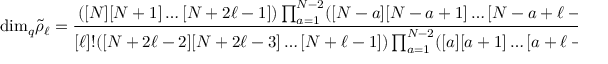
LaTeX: \mathrm { d i m } _ { q } { \tilde { \rho } } _ { \ell } = { \frac { ( [ N ] [ N + 1 ] \ldots [ N + 2 \ell - 1 ] ) \prod _ { a = 1 } ^ { N - 2 } ( [ N - a ] [ N - a + 1 ] \ldots [ N - a + \ell - 1 ] ) } { [ \ell ] ! ( [ N + 2 \ell - 2 ] [ N + 2 \ell - 3 ] \ldots [ N + \ell - 1 ] ) \prod _ { a = 1 } ^ { N - 2 } ( [ a ] [ a + 1 ] \ldots [ a + \ell - 1 ] ) } }